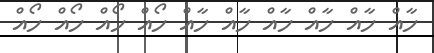
ހާއް ހާއް ހާއް ހާއް ހާއް ހާއް ހޯއް ހޯއް ހޯއް ހޯއް